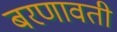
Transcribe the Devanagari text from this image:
बरणावती